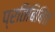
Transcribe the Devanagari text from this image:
प्रतिबिबिंत